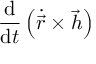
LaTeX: { \frac { \mathrm { d } } { \mathrm { d } t } } \left( { \dot { \vec { r } } } \times { \vec { h } } \right)